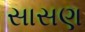
સાસણ